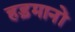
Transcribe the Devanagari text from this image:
हड़मानों